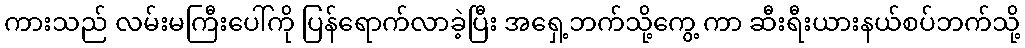
ကားသည် လမ်းမကြီးပေါ်ကို ပြန်ရောက်လာခဲ့ပြီး အရှေ့ဘက်သို့ကွေ့ ကာ ဆီးရီးယားနယ်စပ်ဘက်သို့